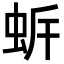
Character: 𧉲